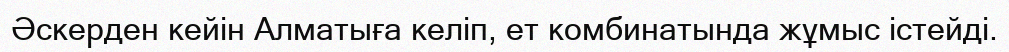
Әскерден кейін Алматыға келіп, ет комбинатында жұмыс істейді.